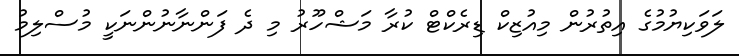
ލަވަކިޔުމުގެ އިތުރުން މިއުޒިކް ޑިރެކްޓް ކުރާ މަޝްހޫރު މި ދެ ފަންނާނުންނަކީ މުސްލިމު